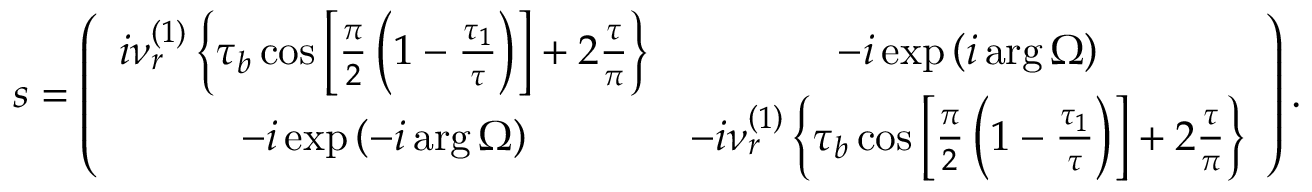
s = \left( \begin{array} { c c } { i \nu _ { r } ^ { \left( 1 \right) } \left\{ \tau _ { b } \cos \left[ \frac { \pi } { 2 } \left( 1 - \frac { \tau _ { 1 } } { \tau } \right) \right] + 2 \frac { \tau } { \pi } \right\} } & { - i \exp \left( i \arg \Omega \right) } \\ { - i \exp \left( - i \arg \Omega \right) } & { - i \nu _ { r } ^ { \left( 1 \right) } \left\{ \tau _ { b } \cos \left[ \frac { \pi } { 2 } \left( 1 - \frac { \tau _ { 1 } } { \tau } \right) \right] + 2 \frac { \tau } { \pi } \right\} } \end{array} \right) .